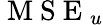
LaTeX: \mathrm{~M~S~E~}_{u}